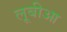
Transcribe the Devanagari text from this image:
लूबीआ